Report of the Bombay Veterinary College
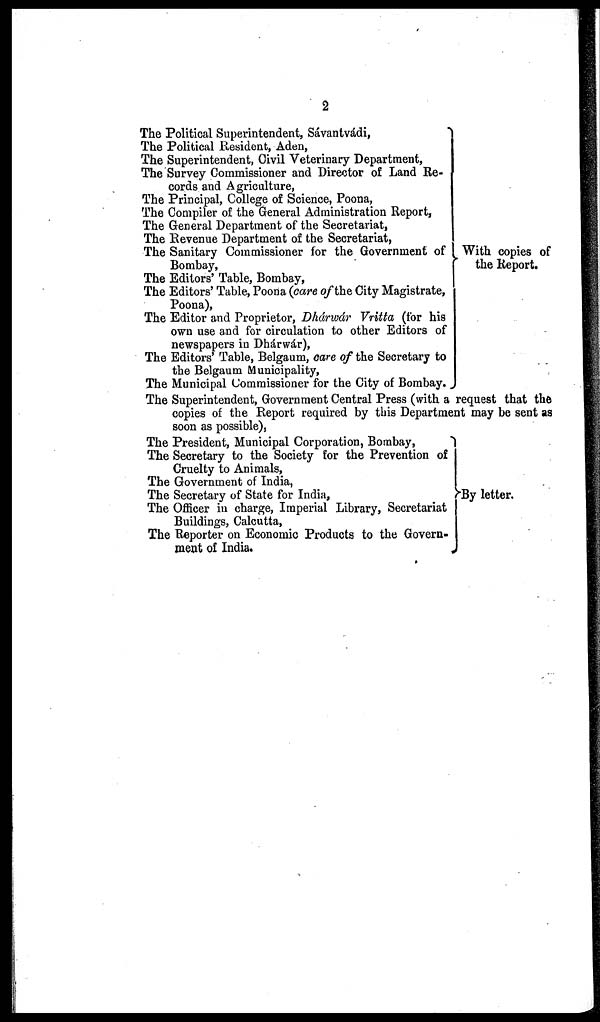
The Political Superintendent, Sávantvádi,
The Political Resident, Aden,
The Superintendent, Civil Veterinary Department,
The Survey Commissioner and Director of Land Re-
cords and Agriculture,
The Principal, College of Science, Poona,
The Compiler of the General Administration Report,
The General Department of the Secretariat,
The Revenue Department of the Secretariat,
The Sanitary Commissioner for the Government of
Bombay,
The Editors' Table, Bombay,
The Editors' Table, Poona (care of the City Magistrate,
Poona),
The Editor and Proprietor, Dhárwár Vritta (for his
own use and for circulation to other Editors of
newspapers in Dhárwár),
The Editors' Table, Belgaum, care of the Secretary to
the Belgaum Municipality,
The Municipal Commissioner for the City of Bombay.
With copies of
the Report.
The Superintendent, Government Central Press (with a request that the
copies of the Report required by this Department may be sent as
soon as possible),
The President, Municipal Corporation, Bombay,
The Secretary to the Society for the Prevention of
Cruelty to Animals,
The Government of India,
The Secretary of State for India,
The Officer in charge, Imperial Library, Secretariat
Buildings, Calcutta,
The Reporter on Economic Products to the Govern-
ment of India.
By letter.